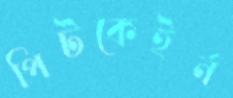
পিটকেইর্ন